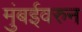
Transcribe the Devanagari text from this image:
मुंबईवरुन